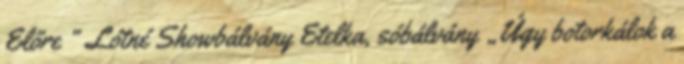
Előre ” Lótné Showbálvány Etelka, sóbálvány „Úgy botorkálok a